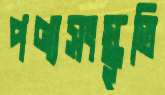
পণ্যসংস্কৃতি